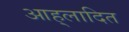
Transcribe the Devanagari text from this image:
आह्‌लादित